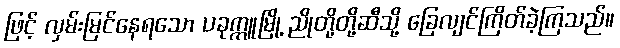
ဖြင့် လှမ်းမြင်နေရသော ပခုက္ကူမြို့ ညိုတို့တို့ဆီသို့ ခြေလျင်ကြိတ်ခဲ့ကြသည်။